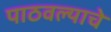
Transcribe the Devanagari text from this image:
पाठवल्याचे